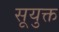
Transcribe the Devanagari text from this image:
सूयुक्त